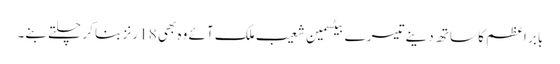
بابر اعظم کا ساتھ دینے تیسرے بیٹسمین شعیب ملک آئے وہ بھی 18 رنز بنا کر چلتے بنے۔